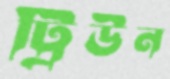
ট্রিউন